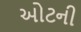
ઓટની